Scottish Leaving Certificate Examination, 1959
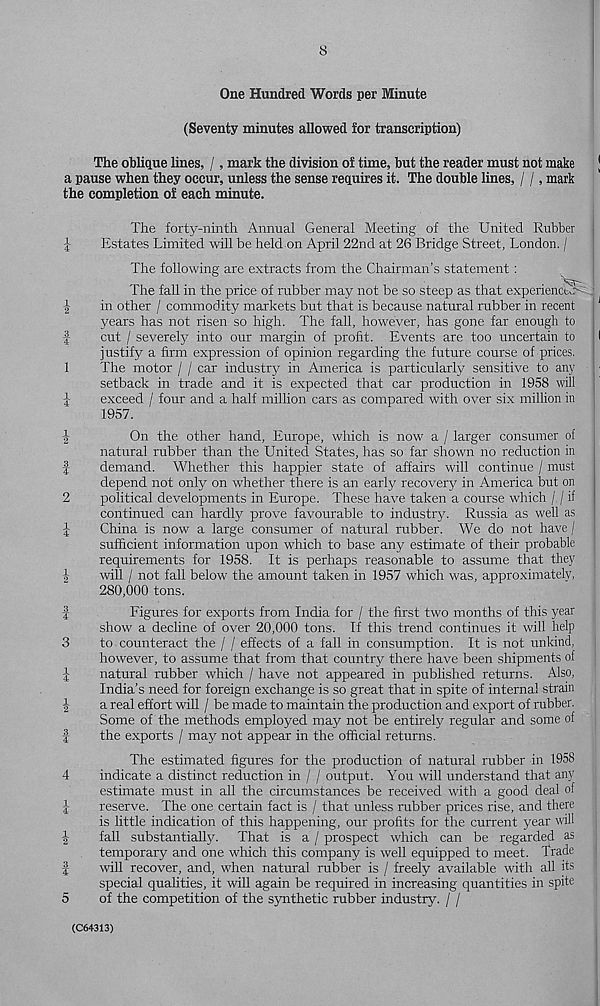
(Hco to| M ^;r-i 4^
^|co m[i — 1
iMi-' CO rfMco toH
^[m tO ^[w
^|m »—j ^[m
8
One Hundred Words per Minute
(Seventy minutes allowed for transcription)
The oblique lines, /, mark the division of time, but the reader must not make
a pause when they occur, unless the sense requires it. The double lines, / /, mark
the completion of each minute.
The forty-ninth Annual General Meeting of the United Rubber
Estates Limited will be held on April 22nd at 26 Bridge Street, London. /
The following are extracts from the Chairman’s statement:
The fall in the price of rubber may not be so steep as that experienctc'
in other / commodity markets but that is because natural rubber in recent
years has not risen so high. The fall, however, has gone far enough to
cut / severely into our margin of profit. Events are too uncertain to
justify a firm expression of opinion regarding the future course of prices.
The motor / / car industry in America is particularly sensitive to any
setback in trade and it is expected that car production in 1958 will
exceed / four and a half million cars as compared with over six million in
1957.
On the other hand, Europe, which is now a / larger consumer of
natural rubber than the United States, has so far shown no reduction in
demand. Whether this happier state of affairs will continue / must
depend not only on whether there is an early recovery in America but on
political developments in Europe. These have taken a course which /, / if
continued can hardly prove favourable to industry. Russia as well as
China is now a large consumer of natural rubber. We do not have /
sufficient information upon which to base any estimate of their probable
requirements for 1958. It is perhaps reasonable to assume that they
will / not fall below the amount taken in 1957 which was, approximately,
280,000 tons.
Figures for exports from India for / the first two months of this year
show a decline of over 20,000 tons. If this trend continues it will help
to counteract the / / effects of a fall in consumption. It is not unkind,
however, to assume that from that country there have been shipments of
natural rubber which / have not appeared in published returns. Also,
India’s need for foreign exchange is so great that in spite of internal strain
a real effort will / be made to maintain the production and export of rubber.
Some of the methods employed may not be entirely regular and some of
the exports / may not appear in the official returns.
The estimated figures for the production of natural rubber in 1958
indicate a distinct reduction in / / output. You will understand that any
estimate must in all the circumstances be received with a good deal of
reserve. The one certain fact is / that unless rubber prices rise, and there
is little indication of this happening, our profits for the current y'ear will
fall substantially. That is a / prospect which can be regarded as
temporary and one which this company is well equipped to meet. Trade
will recover, and, when natural rubber is / freely available with all its
special qualities, it will again be required in increasing quantities in spite
5
of the competition of the synthetic rubber industry. / /
(C64313)